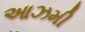
આઝમી